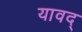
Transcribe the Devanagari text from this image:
यावद्